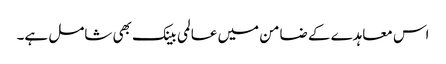
اس معاہدے کے ضامن میں عالمی بینک بھی شامل ہے۔